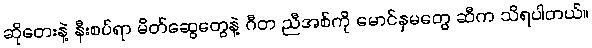
ဆိုတေးနဲ့ နီးစပ်ရာ မိတ်ဆွေတွေနဲ့ ဂီတ ညီအစ်ကို မောင်နှမတွေ ဆီက သိရပါတယ်။